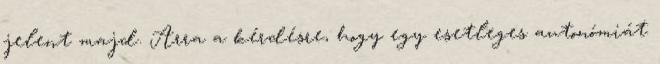
jelent majd. Arra a kérdésre, hogy egy esetleges autonómiát